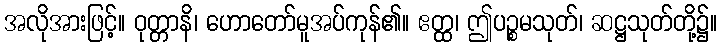
အလိုအားဖြင့်။ ဝုတ္တာနိ၊ ဟောတော်မူအပ်ကုန်၏။ ဧတ္ထ၊ ဤပဉ္စမသုတ်၊ ဆဋ္ဌသုတ်တို့၌။